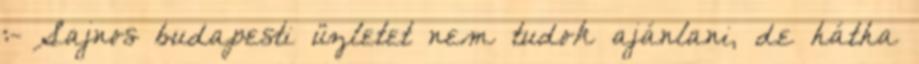
:- Sajnos budapesti üzletet nem tudok ajánlani, de hátha